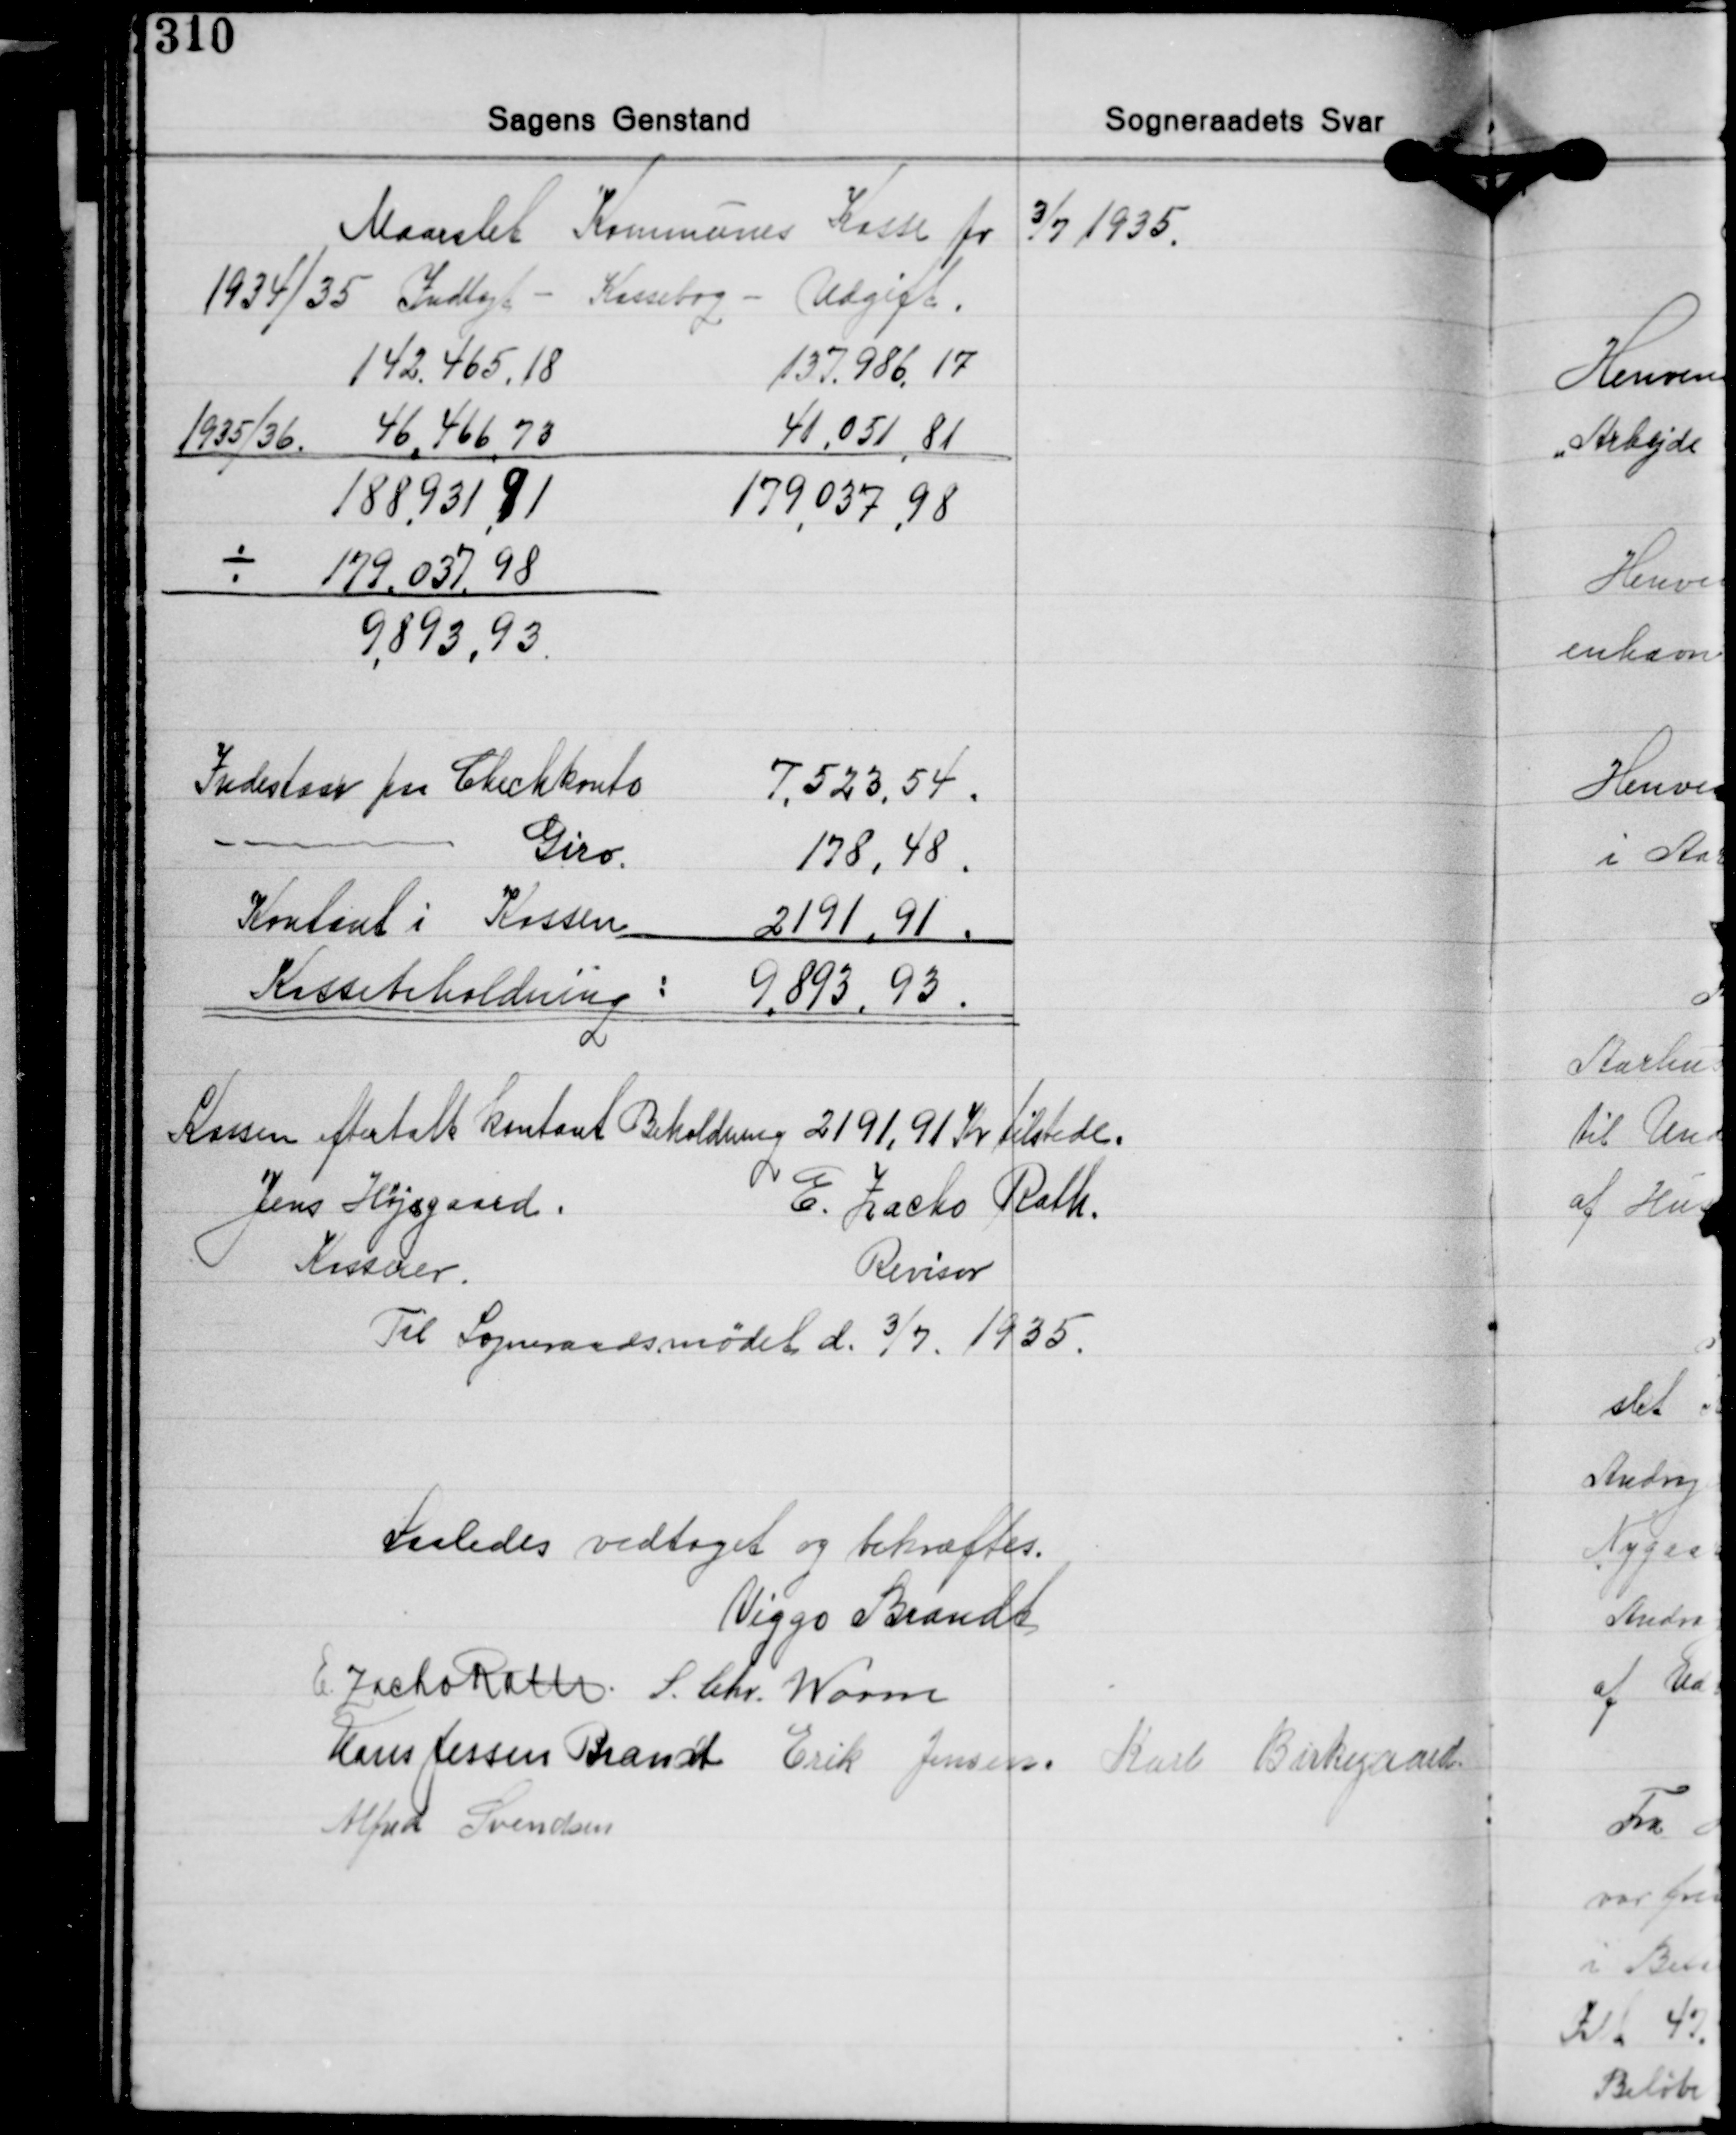
Transskription:
Maarslet Kommunes Kasse pr. 3/7 1935
1934/35 Indtægt - Kassebog - Udgift.
142.465,18 137,986,17
1935/36. 46.466,73 41,051,81
188.931,91 179,037,98
÷ 179,037,98
9.893,93.

Indestaar paa Checkkonto 7.523,54
- - Giro. 178,48.
Kontant i Kassen 2191,91
Kassebeholdning: 9.893,93

Kassen eftertalt kontant Beholdning 2191,91 Kr. tilstede.
Jens Højsgaard
E. Zacho Rath
Kasserer.
Revisor
Til Sogneraadsmødet d. 3/7. 1935.

Saaledes vedtaget og bekræftes.
Viggo Brandt
E. Zacho Rath S. Chr. Worm
Hans Jessen Brandt Erik Jensen Karl Birkegaard
Alfred Svendsen